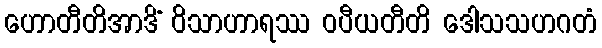
ဟောတီတိအာဒိံ ဝိသာဟာရဿ ဝပီယတီတိ ဒေါသသဟဂတံ